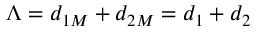
\Lambda = d _ { 1 M } + d _ { 2 M } = d _ { 1 } + d _ { 2 }